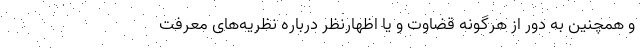
و همچنین به دور از هرگونه قضاوت و یا اظهارنظر درباره نظریه‌های معرفت